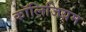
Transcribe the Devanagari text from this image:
कॉलिजियम